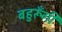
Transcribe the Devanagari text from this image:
बहुरूॅंगी